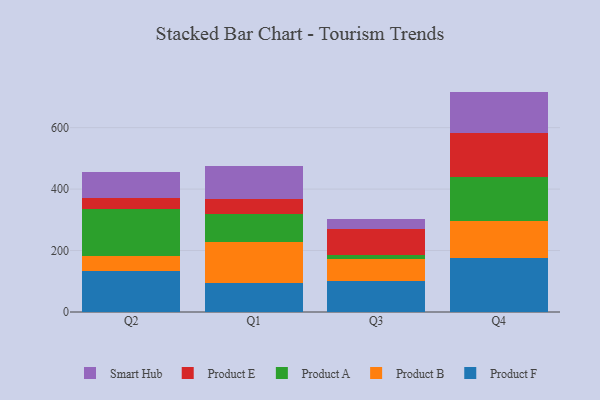
{"axis": {"x": "Quarter", "y": "Population (Million)"}, "legend": ["Product A", "Product B", "Product E", "Product F", "Smart Hub"], "data": [{"x": "Q2", "y": 133.4, "type": "Product F"}, {"x": "Q2", "y": 50.0, "type": "Product B"}, {"x": "Q2", "y": 151.0, "type": "Product A"}, {"x": "Q2", "y": 36.7, "type": "Product E"}, {"x": "Q2", "y": 85.9, "type": "Smart Hub"}, {"x": "Q1", "y": 95.3, "type": "Product F"}, {"x": "Q1", "y": 131.4, "type": "Product B"}, {"x": "Q1", "y": 91.6, "type": "Product A"}, {"x": "Q1", "y": 50.3, "type": "Product E"}, {"x": "Q1", "y": 107.5, "type": "Smart Hub"}, {"x": "Q3", "y": 99.7, "type": "Product F"}, {"x": "Q3", "y": 72.6, "type": "Product B"}, {"x": "Q3", "y": 14.2, "type": "Product A"}, {"x": "Q3", "y": 83.8, "type": "Product E"}, {"x": "Q3", "y": 34.0, "type": "Smart Hub"}, {"x": "Q4", "y": 174.3, "type": "Product F"}, {"x": "Q4", "y": 120.7, "type": "Product B"}, {"x": "Q4", "y": 144.0, "type": "Product A"}, {"x": "Q4", "y": 144.9, "type": "Product E"}, {"x": "Q4", "y": 133.4, "type": "Smart Hub"}]}